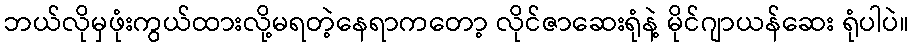
ဘယ်လိုမှဖုံးကွယ်ထားလို့မရတဲ့နေရာကတော့ လိုင်ဇာဆေးရုံနဲ့ မိုင်ဂျာယန်ဆေး ရုံပါပဲ။